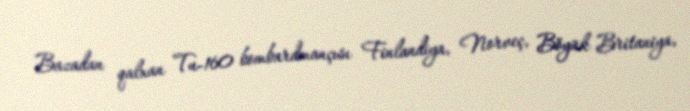
Bazadan qalxan Tu-160 bombardmançısı Finlandiya, Norveç, Böyük Britaniya,